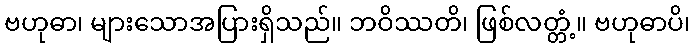
ဗဟုဓာ၊ များသောအပြားရှိသည်။ ဘဝိဿတိ၊ ဖြစ်လတ္တံ့။ ဗဟုဓာပိ၊